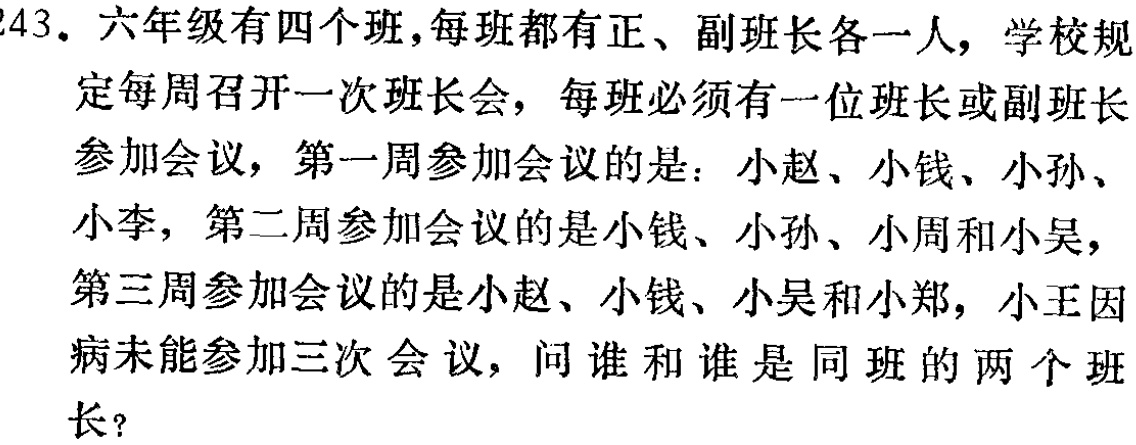
243. 六年级有四个班,每班都有正、副班长各一人，学校规

定每周召开一次班长会，每班必须有一位班长或副班长

参加会议，第一周参加会议的是：小赵、小钱、小孙、

小李，第二周参加会议的是小钱、小孙、小周和小吴，

第三周参加会议的是小赵、小钱、小吴和小郑，小王因

病未能参加三次会议，问谁和谁是同班的两个班

长？